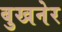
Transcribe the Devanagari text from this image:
बुखनेर